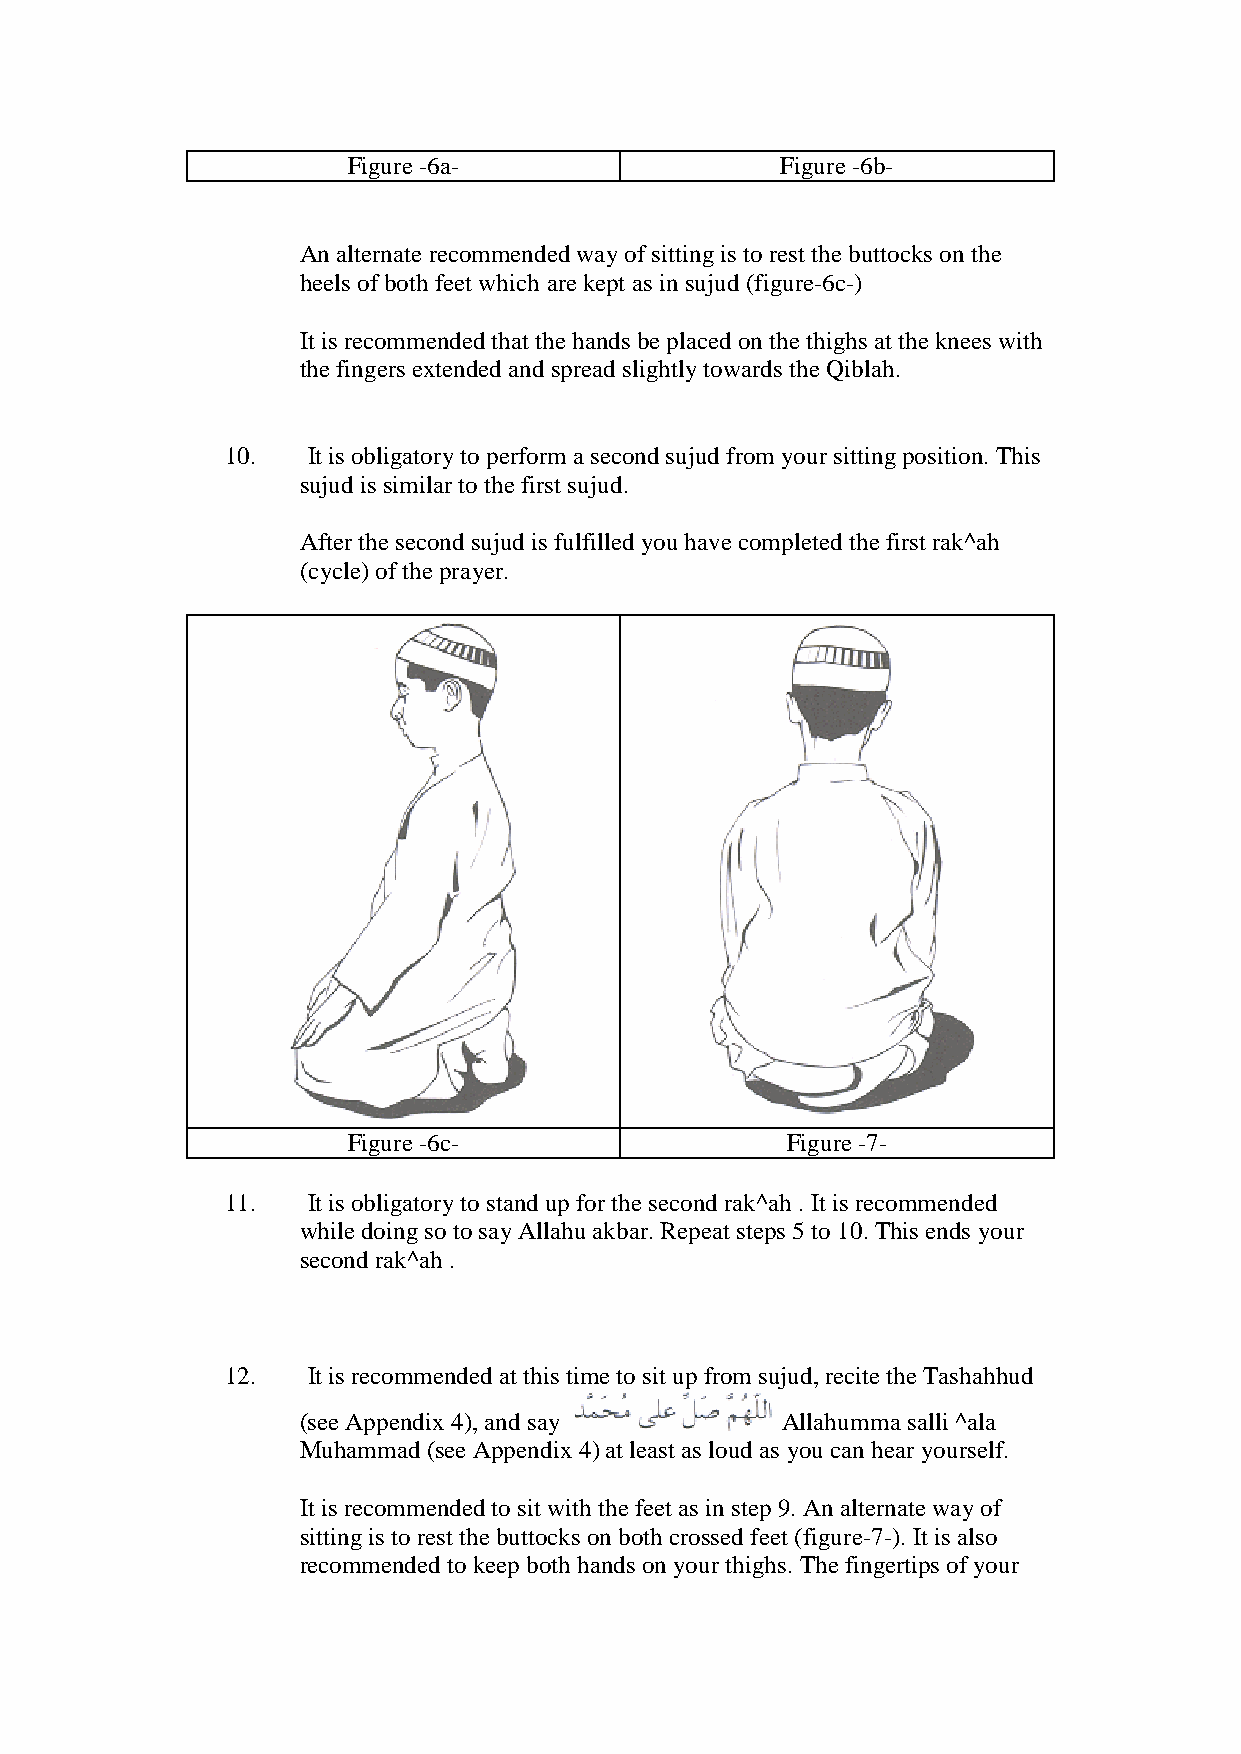
Figure -6a-                  Figure -6b-
 An alternate recommended way of sitting is to rest the buttocks on the
 heels of both feet which are kept as in sujud (figure-6c-)
 It is recommended that the hands be placed on the thighs at the knees with
 the fingers extended and spread slightly towards the Qiblah.
 10.  It is obligatory to perform a second sujud from your sitting position. This
 sujud is similar to the first sujud.
 After the second sujud is fulfilled you have completed the first rak^ah
 (cycle) of the prayer.
 Figure -6c-                  Figure -7-
 11.  It is obligatory to stand up for the second rak^ah . It is recommended
 while doing so to say Allahu akbar. Repeat steps 5 to 10. This ends your
 second rak^ah .
 12.  It is recommended at this time to sit up from sujud, recite the Tashahhud
 (see Appendix 4), and say       Allahumma salli ^ala
 Muhammad (see Appendix 4) at least as loud as you can hear yourself.
 It is recommended to sit with the feet as in step 9. An alternate way of
 sitting is to rest the buttocks on both crossed feet (figure-7-). It is also
 recommended to keep both hands on your thighs. The fingertips of your